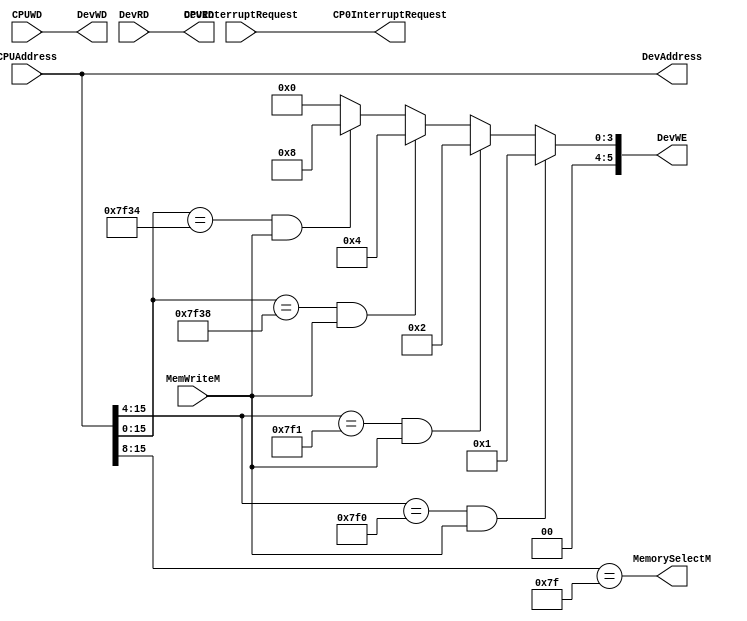
`timescale 1ns / 1ps
//////////////////////////////////////////////////////////////////////////////////
// Company: 
// Engineer: 
// 
// Design Name: 
// Module Name:    Bridge 
// Project Name: 
// Target Devices: 
// Tool versions: 
// Description: 
//
// Dependencies: 
//
// Revision: 
// Revision 0.01 - File Created
// Additional Comments: 
//
//////////////////////////////////////////////////////////////////////////////////
module Bridge(
	 input MemWriteM,
	 input [31:0]CPUAddress,
    output [31:0]DevAddress, // 7F00-7F0B; 7F10-7F1B; 

	 input [31:0]CPUWD,
	 output [31:0]DevWD,
	 output [5:0]DevWE, //for 6 devices
	 
	 input [31:0]DevRD, // cpu reads from dev
	 output [31:0]CPURD,// cpu reads from dev
	 
	 output MemorySelectM, //M sel at M
	 
	 input [5:0]DevInterruptRequest,
	 output [5:0]CP0InterruptRequest //for cp0
    );
	 assign DevAddress = CPUAddress;
	 assign DevWE = (CPUAddress[15:4] == 12'h7f0 && MemWriteM)  ? 6'b000001:
						 (CPUAddress[15:4] == 12'h7f1 && MemWriteM)  ? 6'b000010:
						 (CPUAddress[15:0] == 16'h7f38 && MemWriteM) ? 6'b000100:
						 (CPUAddress[15:0] == 16'h7f34 && MemWriteM) ? 6'b001000:
						 6'b000000;
	 assign DevWD = CPUWD;
	 assign CPURD = DevRD;
	 
	 assign MemorySelectM = CPUAddress[15:8] == 12'h7f;
	 
	 assign CP0InterruptRequest = DevInterruptRequest;
	 

	 

endmodule